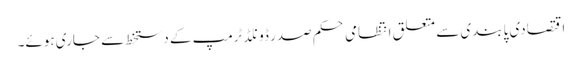
اقتصادی پابندی سے متعلق انتظامی حکم صدر ڈونلڈ ٹرمپ کے دستخط سے جاری ہوئے۔